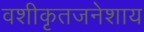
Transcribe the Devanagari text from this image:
वशीकृतजनेशाय